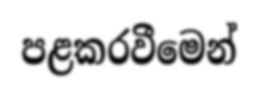
පළකරවීමෙන්